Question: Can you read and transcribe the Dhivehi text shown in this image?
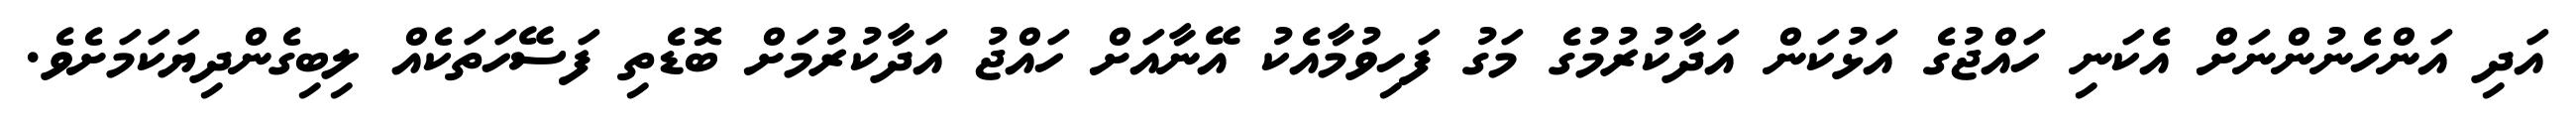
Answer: އަދި އަންހެނުންނަށް އެކަނި ހައްޖުގެ އަޅުކަން އަދާކުރުމުގެ މަގު ފަހިވުމާއެކު އޭނާއަށް ހައްޖު އަދާކުރުމަށް ބޮޑެތި ފަސޭހަތަކެއް ލިބިގެންދިޔަކަމަށެވެ.